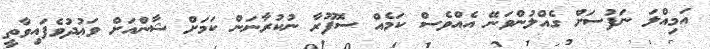
އަމިއްލަ ނަފުސަށް ގެއްލުންވަނޭ އެއްވެސް ކަމެއް ސޮފޫރާ ނުކުރާނަން ކަމަށް ޝާންއަށް ވަޢުދުވެފައިވާތީ